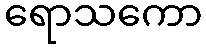
ရောသကော